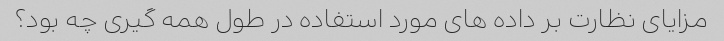
مزایای نظارت بر داده های مورد استفاده در طول همه گیری چه بود؟